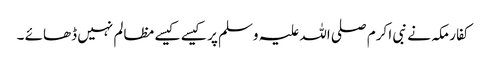
کفار مکہ نے نبی ا کرم صلی اللہ علیہ وسلم پر کیسے کیسے مظالم نہیں ڈھائے ۔